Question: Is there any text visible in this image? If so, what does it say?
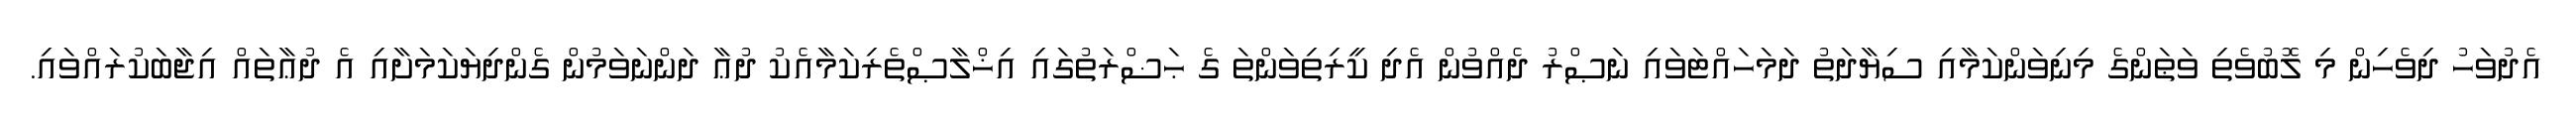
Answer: އެދުވަހު ދިވެހިން މި ލޮބުވެތި ވަޠަންގެ މިނިވަންކަމާއި ސިޔާދަތު ދަމަހައްޓަވައި ނަޞްރު ދެއްވުން އެދި ކީރިތިވަންތަ ގެ ޙަޟްރަތުގައި އިޚްލާޞްތެރިކަމާއެކު ދުޢާ ދަންނަވަމުން ގެންދިޔަކަމަށާއި އެ ދުޢާތައް އިޖާބަކުރައްވައި.